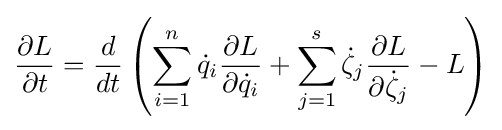
{\frac {\partial L}{\partial t}}={\frac {d}{dt}}\left(\sum _{i=1}^{n}{\dot {q}}_{i}{\frac {\partial L}{\partial {\dot {q}}_{i}}}+\sum _{j=1}^{s}{\dot {\zeta }}_{j}{\frac {\partial L}{\partial {\dot {\zeta }}_{j}}}-L\right)